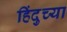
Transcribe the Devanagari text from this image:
हिंदुच्या